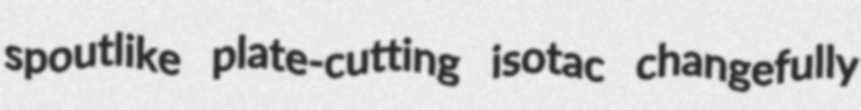
spoutlike plate-cutting isotac changefully